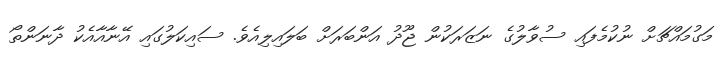
މަގުމައްޗަށް ނުކުމެފައި ސުވާލުގެ ނަޒަރަކުން ޖޫދު އަންބަރަށް ބަލައިލިއެވެ. ސައިކަލުގައި އޭނާއާއެކު ދާނަންތޯ